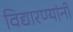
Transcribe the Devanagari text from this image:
विद्यारण्यांनी